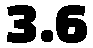
3.6